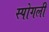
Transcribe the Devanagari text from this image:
स्पोगली